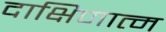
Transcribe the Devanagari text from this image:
दाक्षिणात्म